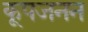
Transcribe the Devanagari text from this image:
कूपजनन